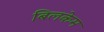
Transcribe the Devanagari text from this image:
बिलकेम